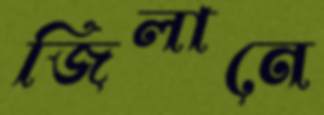
জিলানে